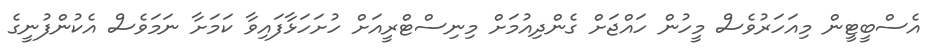
އެސްބީޓީން މިއަހަރުވެސް މީހުން ހައްޖަށް ގެންދިއުމަށް މިނިސްޓްރީއަށް ހުށަހަޅާފައިވާ ކަމަށާ ނަމަވެސް އެކުންފުނީގެ